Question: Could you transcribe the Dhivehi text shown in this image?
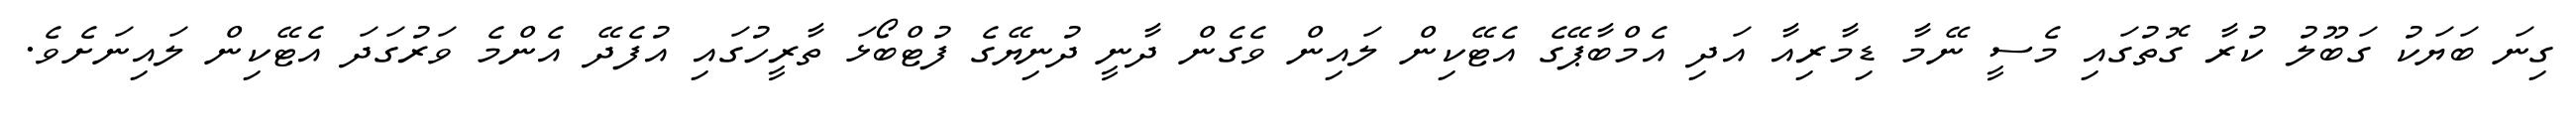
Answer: ގިނަ ބަޔަކު ގަބޫލު ކުރާ ގޮތުގައި މެސީ ނޭމާ ޑިމާރިއާ އަދި އެމްބާޕޭގެ އެޓޭކިން ލައިން ވެގެން ދާނީ ދުނިޔޭގެ ފުޓްބޯޅަ ތާރީހުގައި އުފެދޭ އެންމެ ވަރުގަދަ އެޓޭކިން ލައިނަށެވެ.